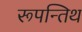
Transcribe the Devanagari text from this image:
रूपन्तिथ